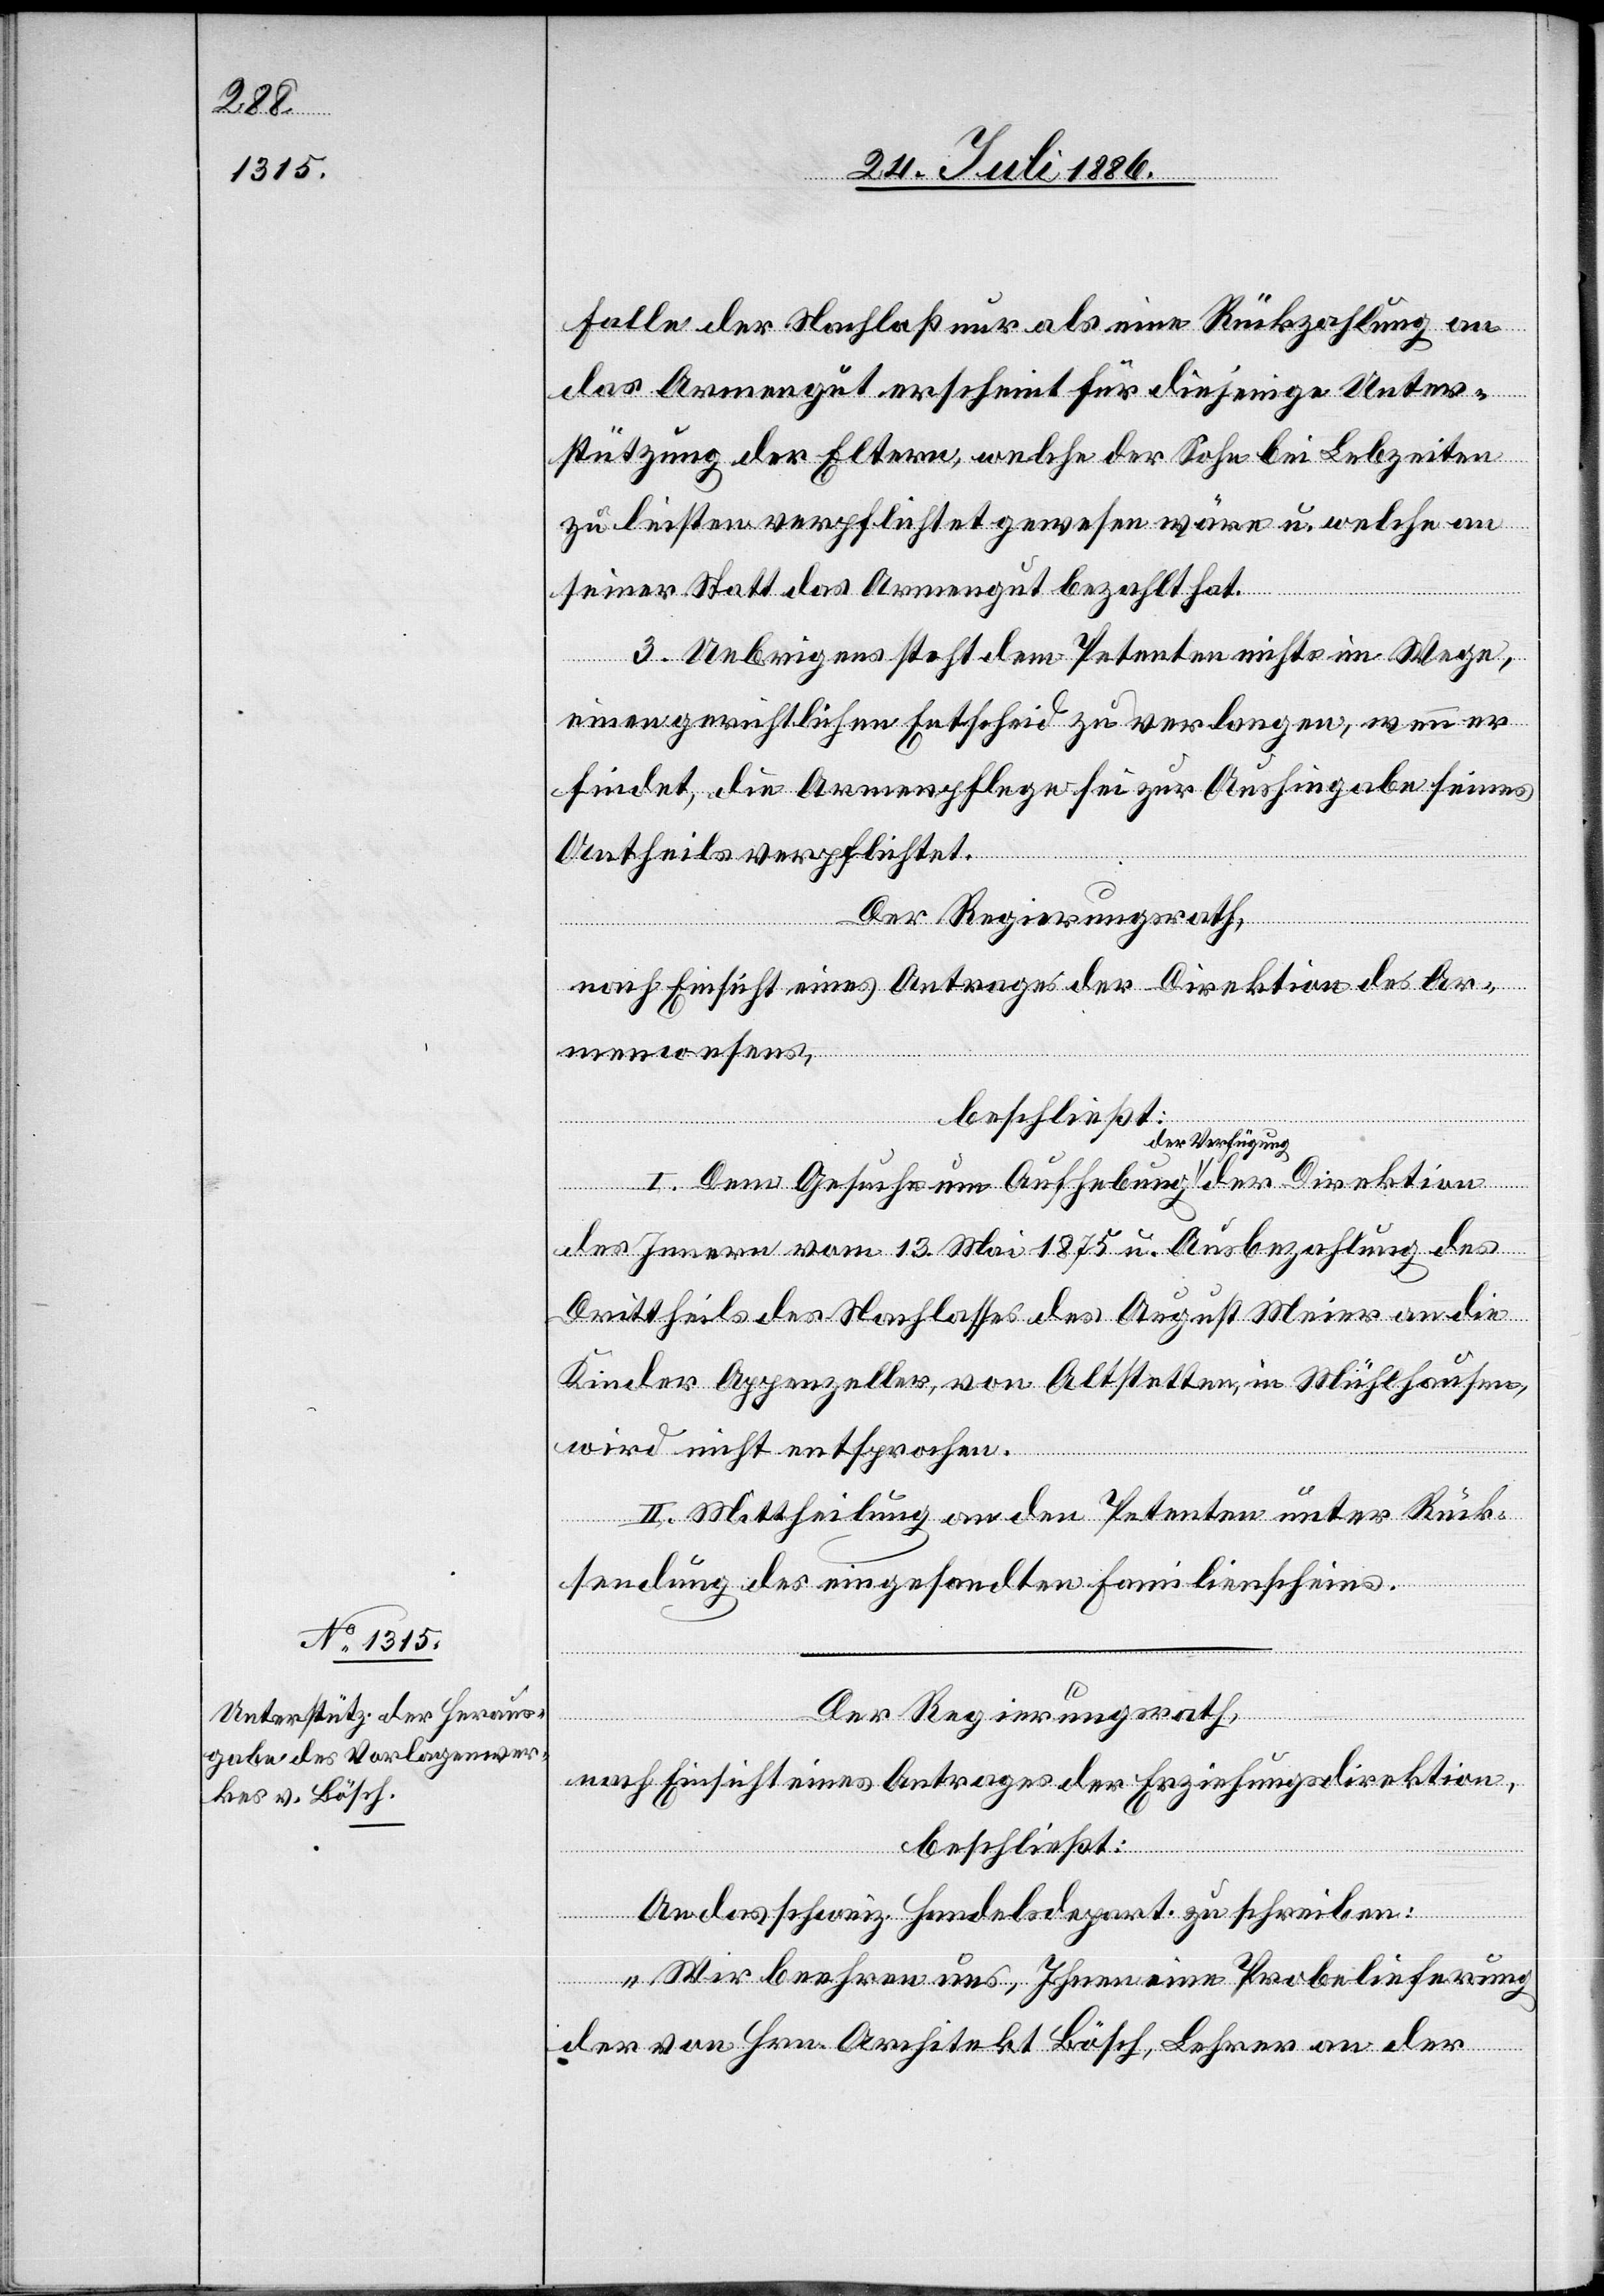
Falle der Nachlaß nur als eine Rückzahlung an
das Armengut erscheint für diejenige Unter¬
stützung der Eltern, welche der Sohn bei Lebzeiten
zu leisten verpflichtet gewesen wäre u. welche an
seiner Statt das Armengut bezahlt hat.
3. Uebrigens steht dem Petenten nichts im Wege,
einen gerichtlichen Entscheid zu verlangen, wenn er
findet, die Armenpflege sei zur Aushingabe seines
Direk¬
Antheils verpflichtet.
Der Regierungsrath,
nach Einsicht eines Antrages der Direktion des Ar¬
menwesens,
beschließt:
I. Dem Gesuche um Aufhebung a der Verfügung
des Innern vom 13. Mai 1875 u. Ausbezahlung des
Drittheils des Nachlasses des August Meier an die
Kinder Appenzeller, von Altstetten, in Mühlhausen,
wird nicht entsprochen.
II. Mittheilung an den Petenten unter Rück¬
sendung des eingesandten Familienscheins.
Der Regierungsrath,
nach Einsicht eines Antrages der Erziehungsdirektion,
tion
beschließt:
An das schweiz. Handelsdepart. zu schreiben:
„Wir beehren uns, Ihnen eine Probelieferung
der von Hrn. Architekt Bösch, Lehrer an der